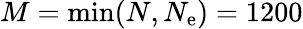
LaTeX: M=\operatorname*{min}(N,N_{\mathrm{e}})=1200